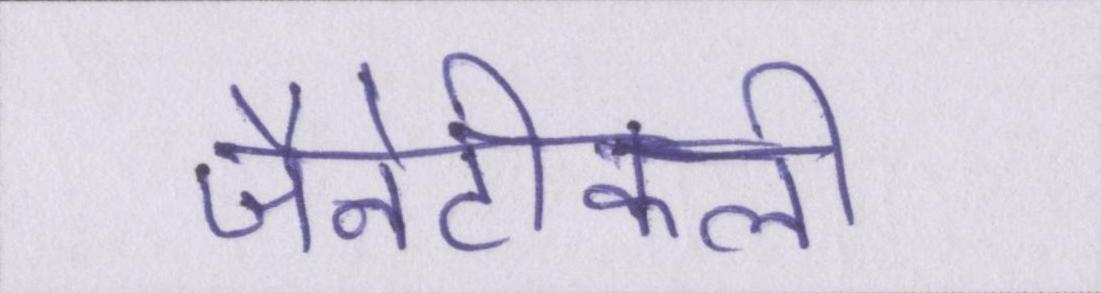
जैनेटीकली